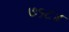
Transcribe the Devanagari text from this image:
७१८४